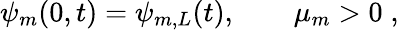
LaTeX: \psi_{m}(0,t)=\psi_{m,L}(t),\qquad\mu_{m}>0\; ,